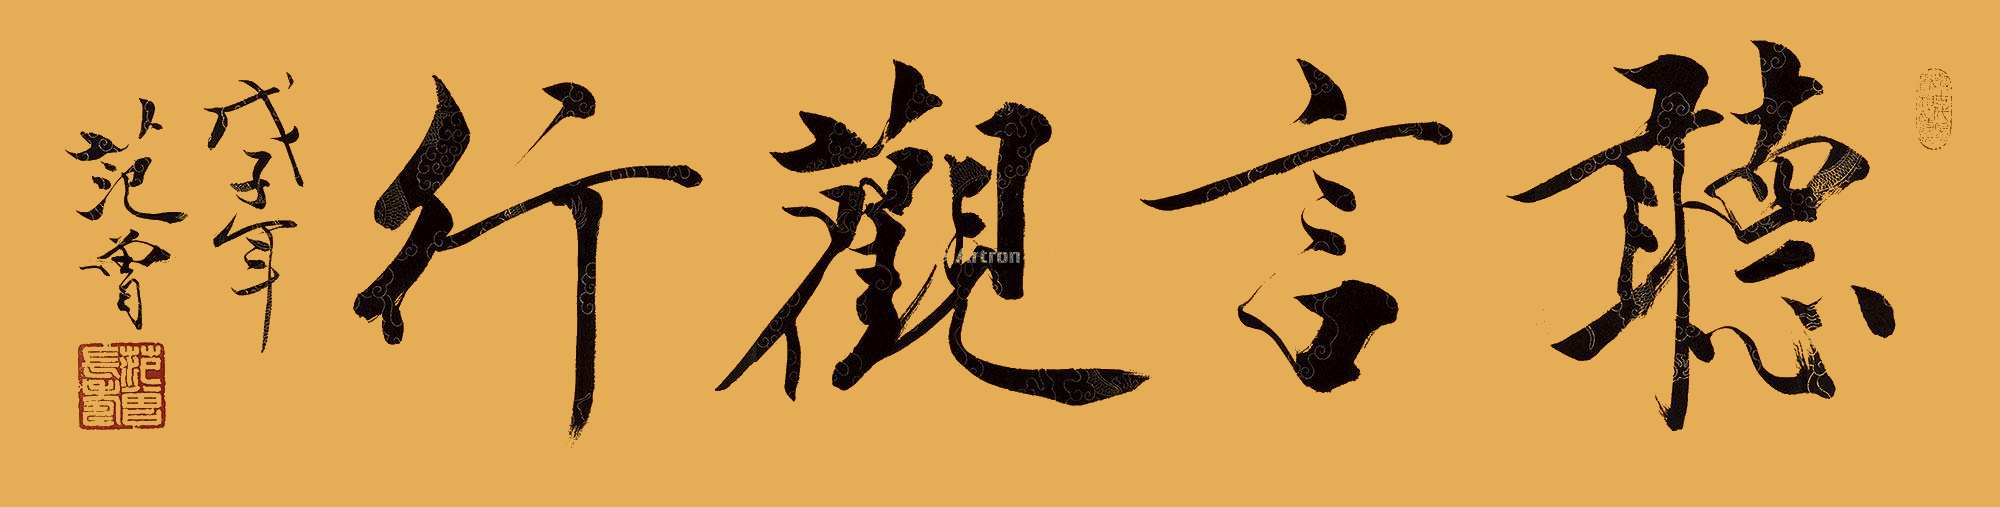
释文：听言观行。戊子年，范曾。